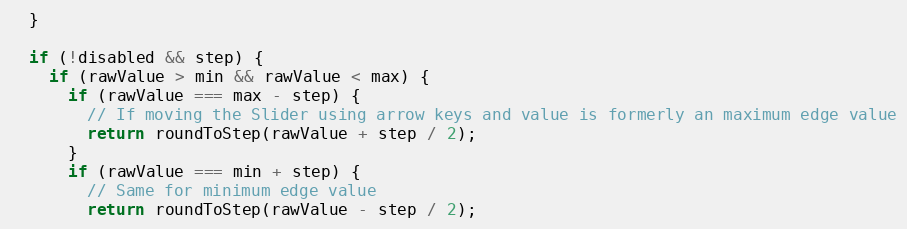
Language: JavaScript
  }

  if (!disabled && step) {
    if (rawValue > min && rawValue < max) {
      if (rawValue === max - step) {
        // If moving the Slider using arrow keys and value is formerly an maximum edge value
        return roundToStep(rawValue + step / 2);
      }
      if (rawValue === min + step) {
        // Same for minimum edge value
        return roundToStep(rawValue - step / 2);